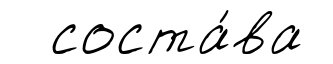
соста́ва